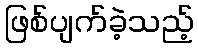
ဖြစ်ပျက်ခဲ့သည့်